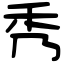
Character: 秀